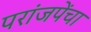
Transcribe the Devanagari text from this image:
परांजपेंचा